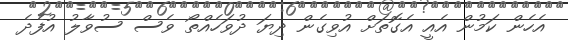
އެހެން ކަމުން އެއީ އެގޮތަށް އުވިގެން ދިޔަ ދުވަހެއްތޯ ވެސް ސުވާލު އުފެދެ